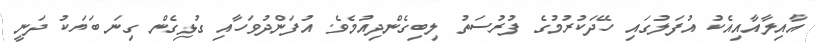
އާއިލާއާއިއެކު އުފަލުގައި ހޭދަކުރުމުގެ ފުރުސަތު ލިބިގެންދިއުމެވެ. އުފަންދުވަހާއި ގުޅިގެން ގިނަ ބަޔަކު ދަނީ